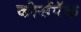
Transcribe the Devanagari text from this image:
कोर्सपॅक